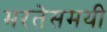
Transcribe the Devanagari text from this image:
मरतेसमयी